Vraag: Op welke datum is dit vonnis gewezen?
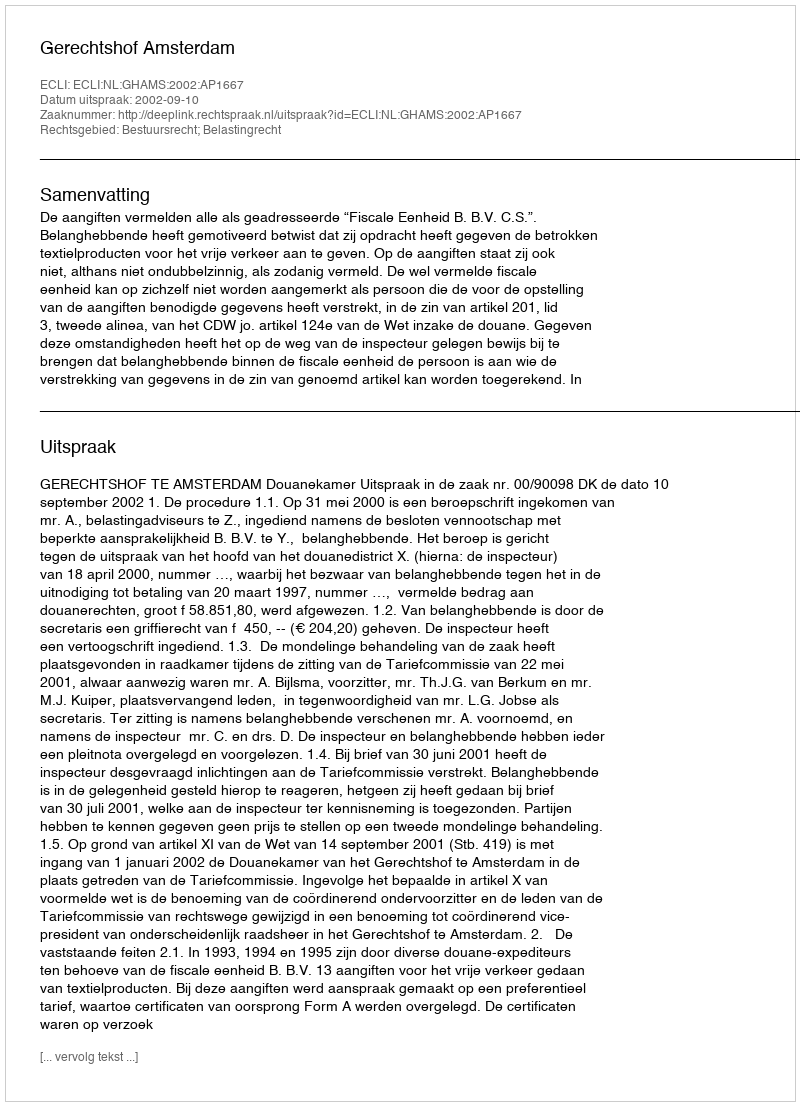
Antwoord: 2002-09-10